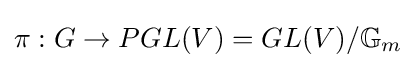
\pi :G\to PGL(V)=GL(V)/\mathbb {G} _{m}